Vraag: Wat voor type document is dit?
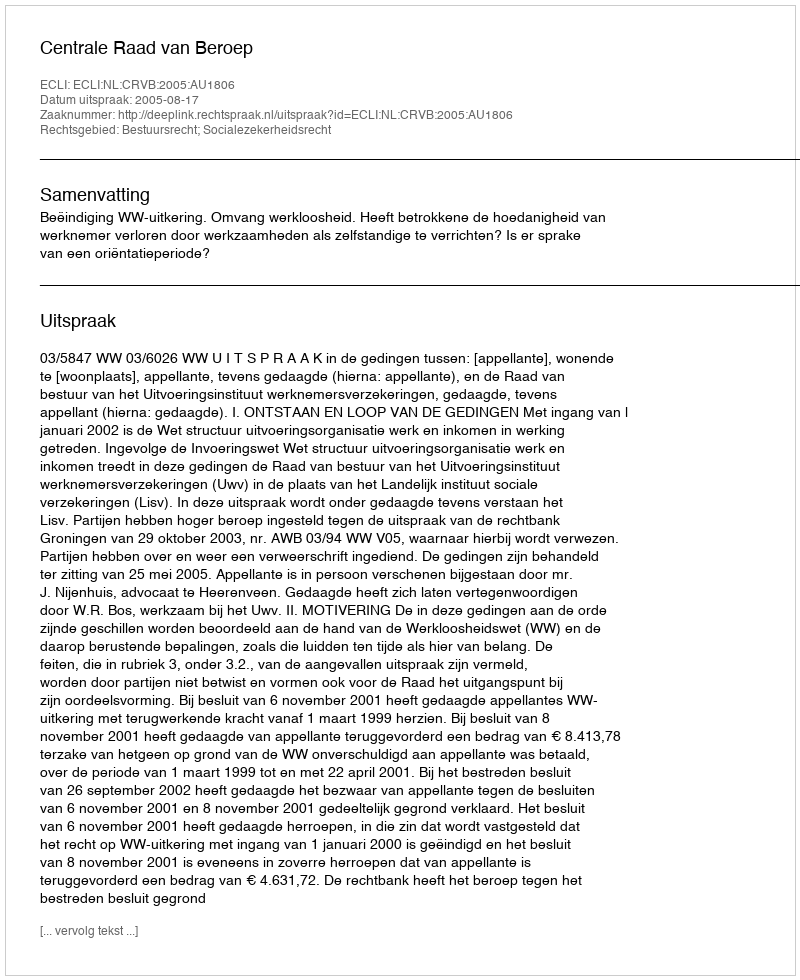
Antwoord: Uitspraak